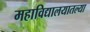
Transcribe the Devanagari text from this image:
महाविद्यालयातल्या